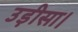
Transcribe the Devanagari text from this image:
उड़ीसा।